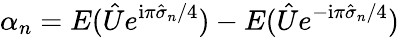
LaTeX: \alpha_{n}=E(\hat{U}e^{{\mathrm{i}\pi\hat{\sigma}_{n}}/{4}})-E(\hat{U}e^{{-\mathrm{i}\pi\hat{\sigma}_{n}}/{4}})